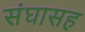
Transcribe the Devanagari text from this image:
संघासह